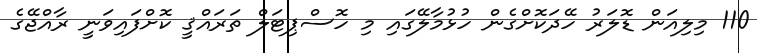
110 މިލިއަން ޑޮލަރު ހޭދަކޮށްގެން ހުޅުމާލޭގައި މި ހޮސްޕިޓަލް ތަރައްޤީ ކޮށްފައިވަނީ ރާއްޖޭގެ